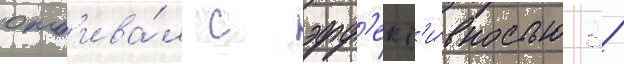
отб'ива́л с эфф'ект'и́вностью 38